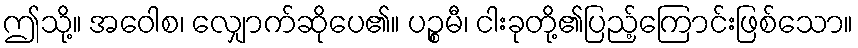
ဤသို့။ အဝေါစ၊ လျှောက်ဆိုပေ၏။ ပဉ္စမီ၊ ငါးခုတို့၏ပြည့်ကြောင်းဖြစ်သော။